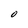
Character: O